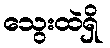
သွေးထဲရှိ